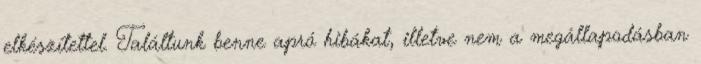
elkészítettel. Találtunk benne apró hibákat, illetve nem a megállapodásban